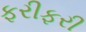
ફરીફરી